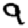
Digit: 9